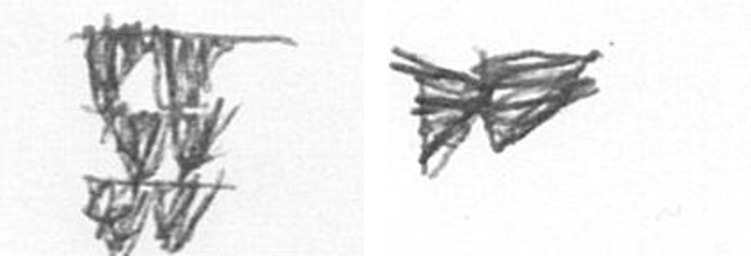
Y A